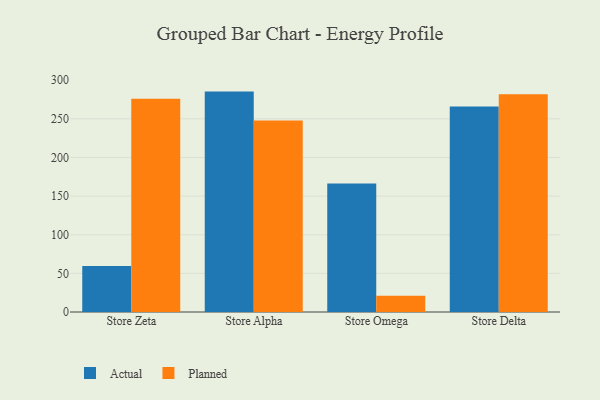
{"axis": {"x": "Store", "y": "Page Views"}, "legend": ["Actual", "Planned"], "data": [{"x": "Store Zeta", "y": 59.4, "type": "Actual"}, {"x": "Store Zeta", "y": 275.9, "type": "Planned"}, {"x": "Store Alpha", "y": 285.2, "type": "Actual"}, {"x": "Store Alpha", "y": 247.9, "type": "Planned"}, {"x": "Store Omega", "y": 166.4, "type": "Actual"}, {"x": "Store Omega", "y": 21.1, "type": "Planned"}, {"x": "Store Delta", "y": 265.8, "type": "Actual"}, {"x": "Store Delta", "y": 281.8, "type": "Planned"}]}